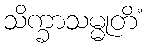
သိက္ခာသမ္မုတိံ